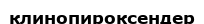
клинопироксендер